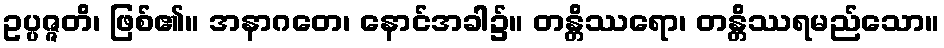
ဥပ္ပဇ္ဇတိ၊ ဖြစ်၏။ အနာဂတေ၊ နောင်အခါ၌။ တန္တိဿရော၊ တန္တိဿရမည်သော။